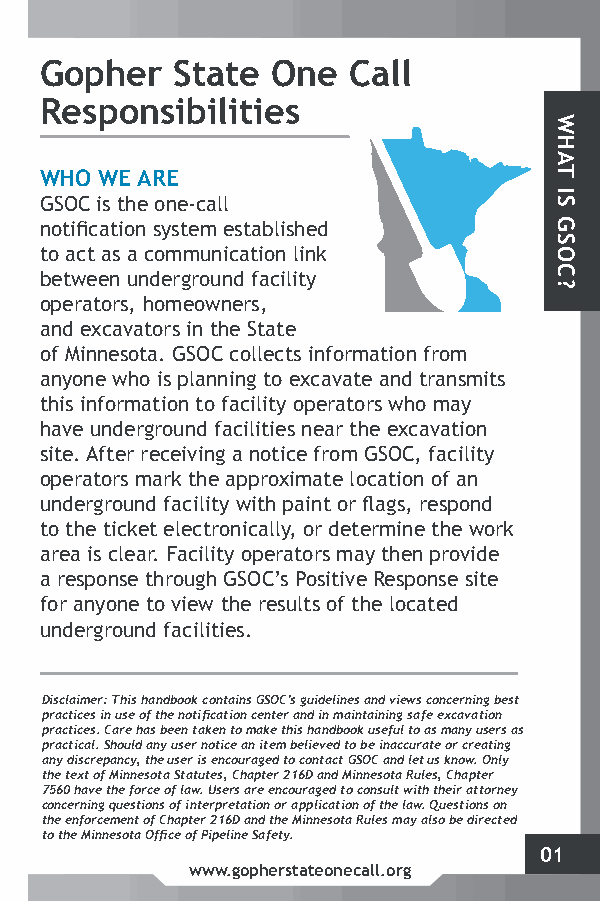
Gopher  State  One  Call
 Responsibilities
 WHO WE ARE
 GSOC is the one-call
 notification system established
 to act as a communication link
 between underground facility
 operators, homeowners,
 and excavators in the State
 of Minnesota. GSOC collects information from
 anyone who is planning to excavate and transmits
 this information to facility operators who may
 have underground facilities near the excavation
 site. After receiving a notice from GSOC, facility
 operators mark the approximate location of an
 underground facility with paint or flags, respond
 to the ticket electronically, or determine the work
 area is clear. Facility operators may then provide
 a response through GSOC’s Positive Response site
 for anyone to view the results of the located
 underground facilities.
 Disclaimer: This handbook contains GSOC’s guidelines and views concerning best
 practices in use of the notification center and in maintaining safe excavation
 practices. Care has been taken to make this handbook useful to as many users as
 practical. Should any user notice an item believed to be inaccurate or creating
 any discrepancy, the user is encouraged to contact GSOC and let us know. Only
 the text of Minnesota Statutes, Chapter 216D and Minnesota Rules, Chapter
 7560 have the force of law. Users are encouraged to consult with their attorney
 concerning questions of interpretation or application of the law. Questions on
 the enforcement of Chapter 216D and the Minnesota Rules may also be directed
 to the Minnesota Office of Pipeline Safety.
 01
 www.gopherstateonecall.org
 WHAT
 IS
 GSOC?